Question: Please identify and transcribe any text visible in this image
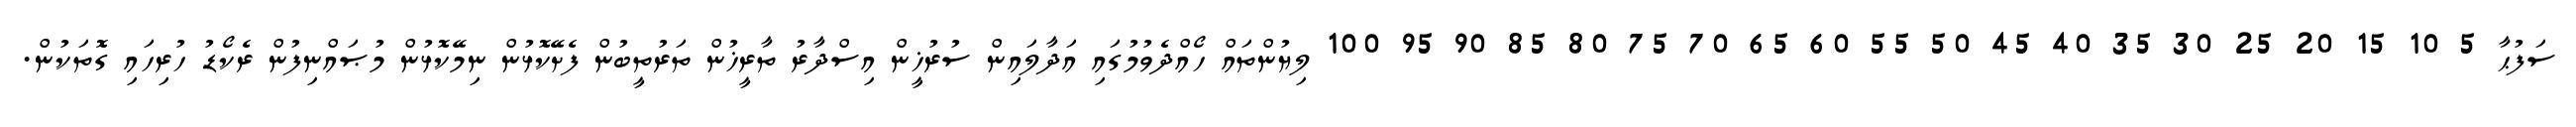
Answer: ސަފުޙާ 5 10 15 20 25 30 35 40 45 50 55 60 65 70 75 80 85 90 95 100 ލިޔުންތައް ހޯއްދެވުމުގައި އަދާލައިން ސުރުޚީން އިސްދާރު ތާރީޚުން ތަރުތީބުން ފެށޭކޮޅުން ނިމޭކޮޅުން މުޞައްނިފުން ރެކޯޑު ހުރިހައި ގޮތަކުން.